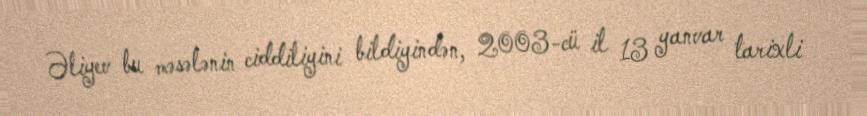
Əliyev bu məsələnin ciddiliyini bildiyindən, 2003-cü il 13 yanvar tarixli